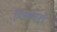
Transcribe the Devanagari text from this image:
मिलावटों